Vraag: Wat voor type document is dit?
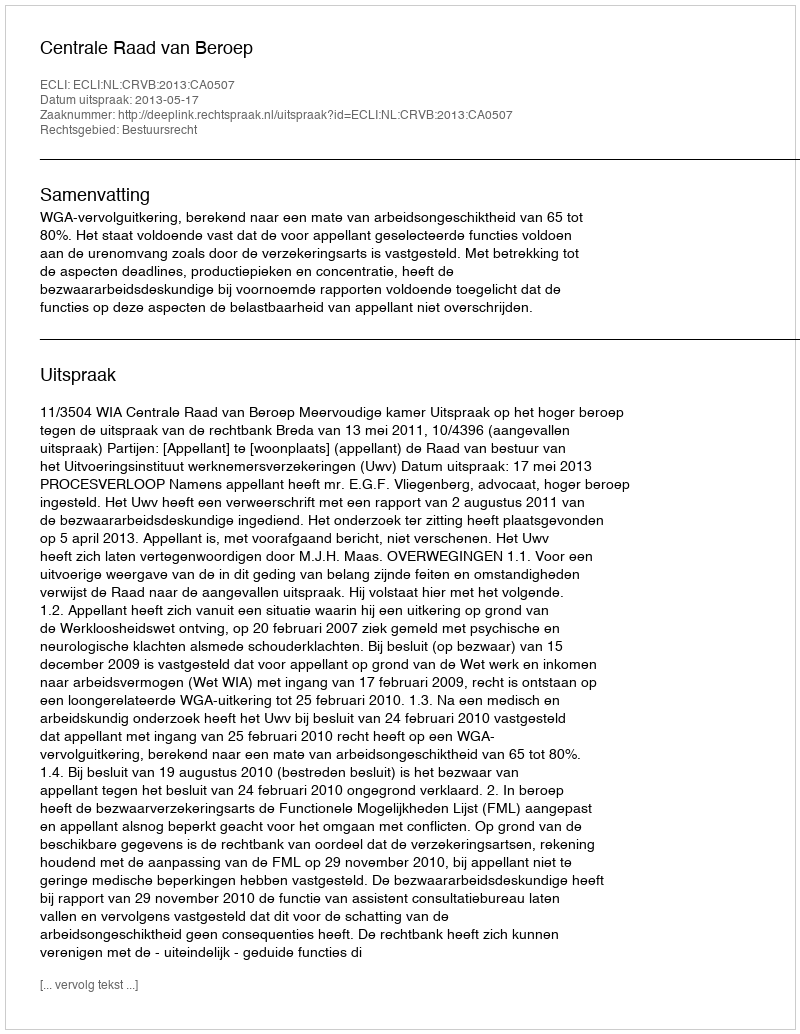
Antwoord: Uitspraak